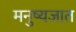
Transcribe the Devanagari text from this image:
मनुष्यजात